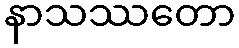
နာသဿတော